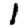
Digit: 1